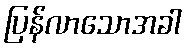
ပြန်လာသောအခါ